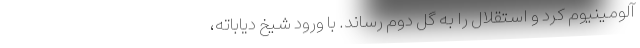
آلومینیوم کرد و استقلال را به گل دوم رساند. با ورود شیخ دیاباته،